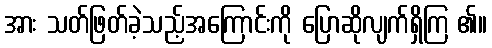
အား သတ်ဖြတ်ခဲ့သည့်အကြောင်းကို ပြောဆိုလျက်ရှိကြ ၏။